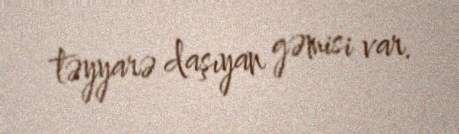
təyyarə daşıyan gəmisi var.